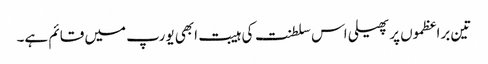
تین براعظموں پر پھیلی اس سلطنت کی ہیبت ابھی یورپ میں قائم ہے۔